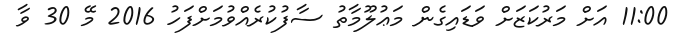
11:00 އަށް މަރުކަޒަށް ވަޑައިގެން މަޢުލޫމާތު ސާފުކުރެއްވުމަށްފަހު 2016 މޭ 30 ވާ